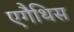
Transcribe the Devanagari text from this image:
एगैथिस